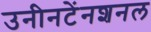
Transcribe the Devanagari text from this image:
उनीनटेंनशनल